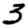
Digit: 3